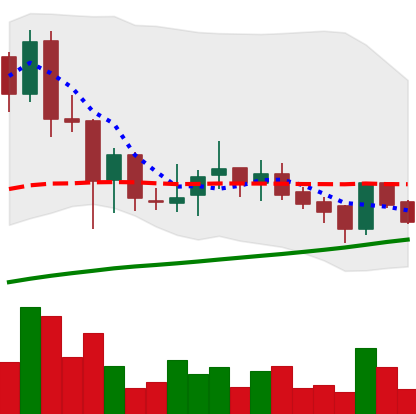
Ticker: BNB-USD
Chart end date: 2018-07-09
Forward return: -11.475%
Label: down_7plus